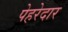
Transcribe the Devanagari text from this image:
पेहरेदार